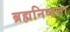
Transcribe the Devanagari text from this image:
ब्रह्मनिष्ठता